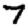
Digit: 7